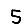
Digit: 5